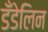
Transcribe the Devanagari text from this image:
डँडेलिन